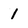
Character: 1